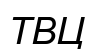
ТВЦ